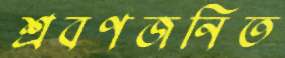
শ্রবণজনিত